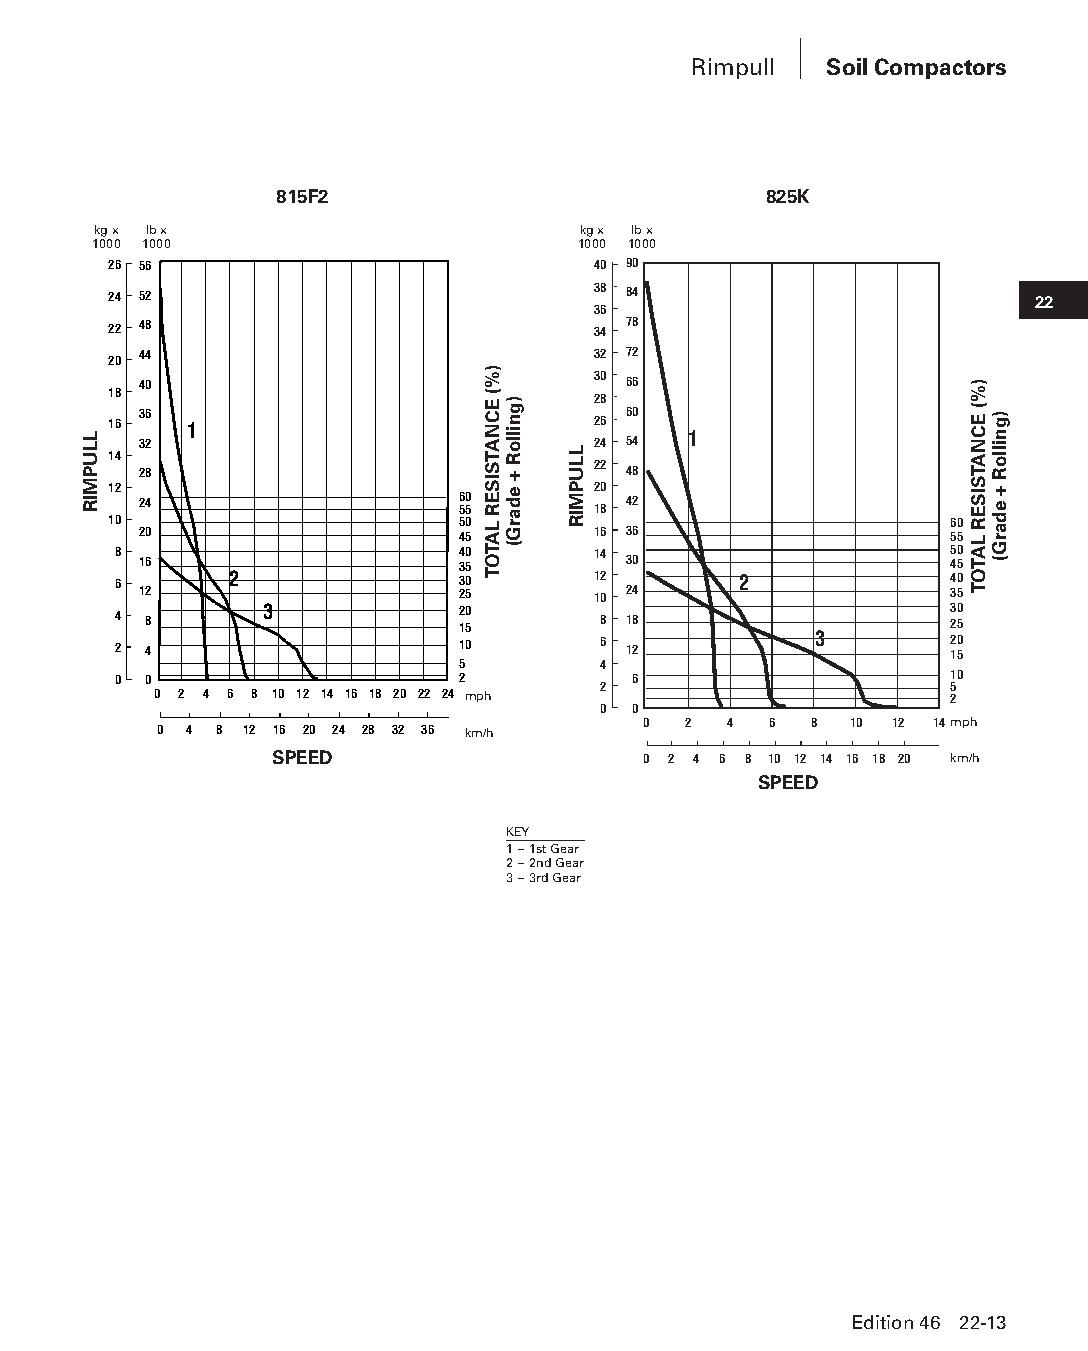
Rimpull  Soil Compactors
 815F2                           825K
 kg x lb x                       kg x lb x
 1000 1000                        1000 1000
 26 56                           40 90
 24 52                           38 84                        22
 36
 22 48                           34 78
 20 44                           32 72
 40                            30 66
 18                              28
 36                              60 16 1 26
 32                            24 54 1
 14
 28                            22 48
 12                              20 24 60 42 55 18
 10                     50                              60 20 45 16 36 55
 8                      40       14                     50
 16                   35         30                   45
 6 12    2              3 20 5   11 02 24 2             4 30 5
 4 8       3            2 10 5   8 18                   3 20 5
 2 4                    10       6 12          3        2 10 5
 5        4
 0 0                    2          6                    10
 2                      5
 0 2 4 6 8 10 12 14 16 18 20 22 24 mph               2
 0 0
 0  2 4  6  8  10 12 14mph
 0 4 8 12 16 20 24 28 32 36 km/h
 SPEED                    0 2 4 6 8 10 12 14 16 18 20 km/h
 SPEED
 KEY
 1 – 1st Gear
 2 – 2nd Gear
 3 – 3rd Gear
 Edition 46 22-13
 PPHHBB--SSeecc2222--22--SSooiillCCoommppaaccttoorrss--1133((ppgg001111--001188))..iinndddd 1133 1122//44//1155 1111::0077 AAMM
 LLUPMIR
 )%(
 ECNATSISER
 LATOT
 )gnilloR
 +
 edarG(
 LLUPMIR
 )%(
 ECNATSISER
 LATOT
 )gnilloR
 + edarG(